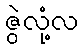
ဇွဲလုံ့လ